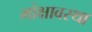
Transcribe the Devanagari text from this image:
मोक्षावस्था